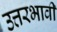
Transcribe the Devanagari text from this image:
उत्तरभावी